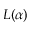
L ( \alpha )